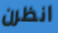
انظرن